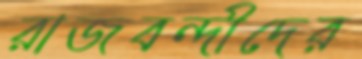
রাজবন্দীদের